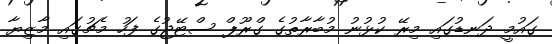
ގައުމީ ދަނޑުގައި މިރޭ ކުޅުނު މުބާރާތުގެ ގްރޫޕް ސްޓޭޖުގެ ފަހު މެޗުގައި މާޒިޔާ